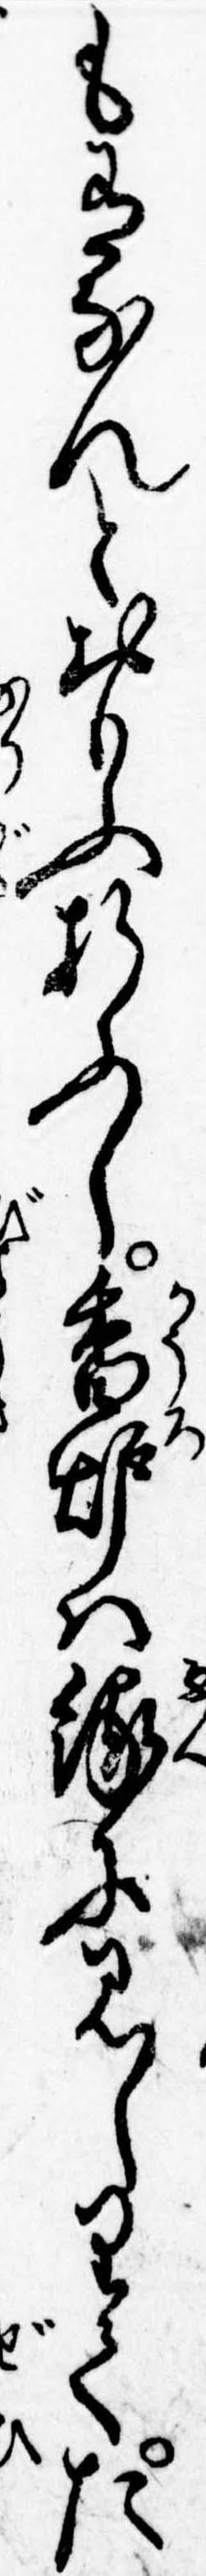
も有なんとおもふ折ふし香炉は縁に見しりてた